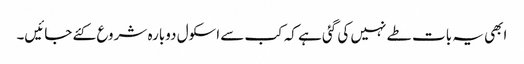
ابھی یہ بات طے نہیں کی گئی ہے کہ کب سے اسکول دوبارہ شروع کئے جائیں۔